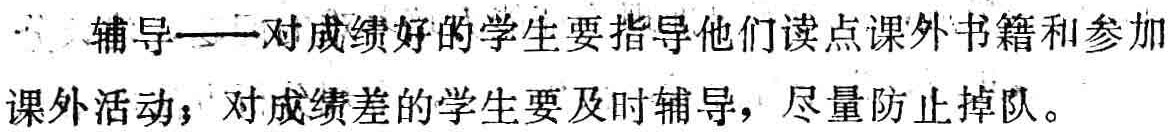
辅导——对成绩好的学生要指导他们读点课外书籍和参加课外活动；对成绩差的学生要及时辅导，尽量防止掉队。